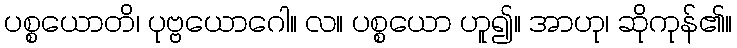
ပစ္စယောတိ၊ ပုဗ္ဗယောဂေါ။ လ။ ပစ္စယော ဟူ၍။ အာဟု၊ ဆိုကုန်၏။